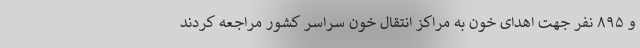
و ۸۹۵ نفر جهت اهدای خون به مراکز انتقال خون سراسر کشور مراجعه کردند